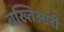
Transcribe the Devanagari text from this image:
बख्तिआरी